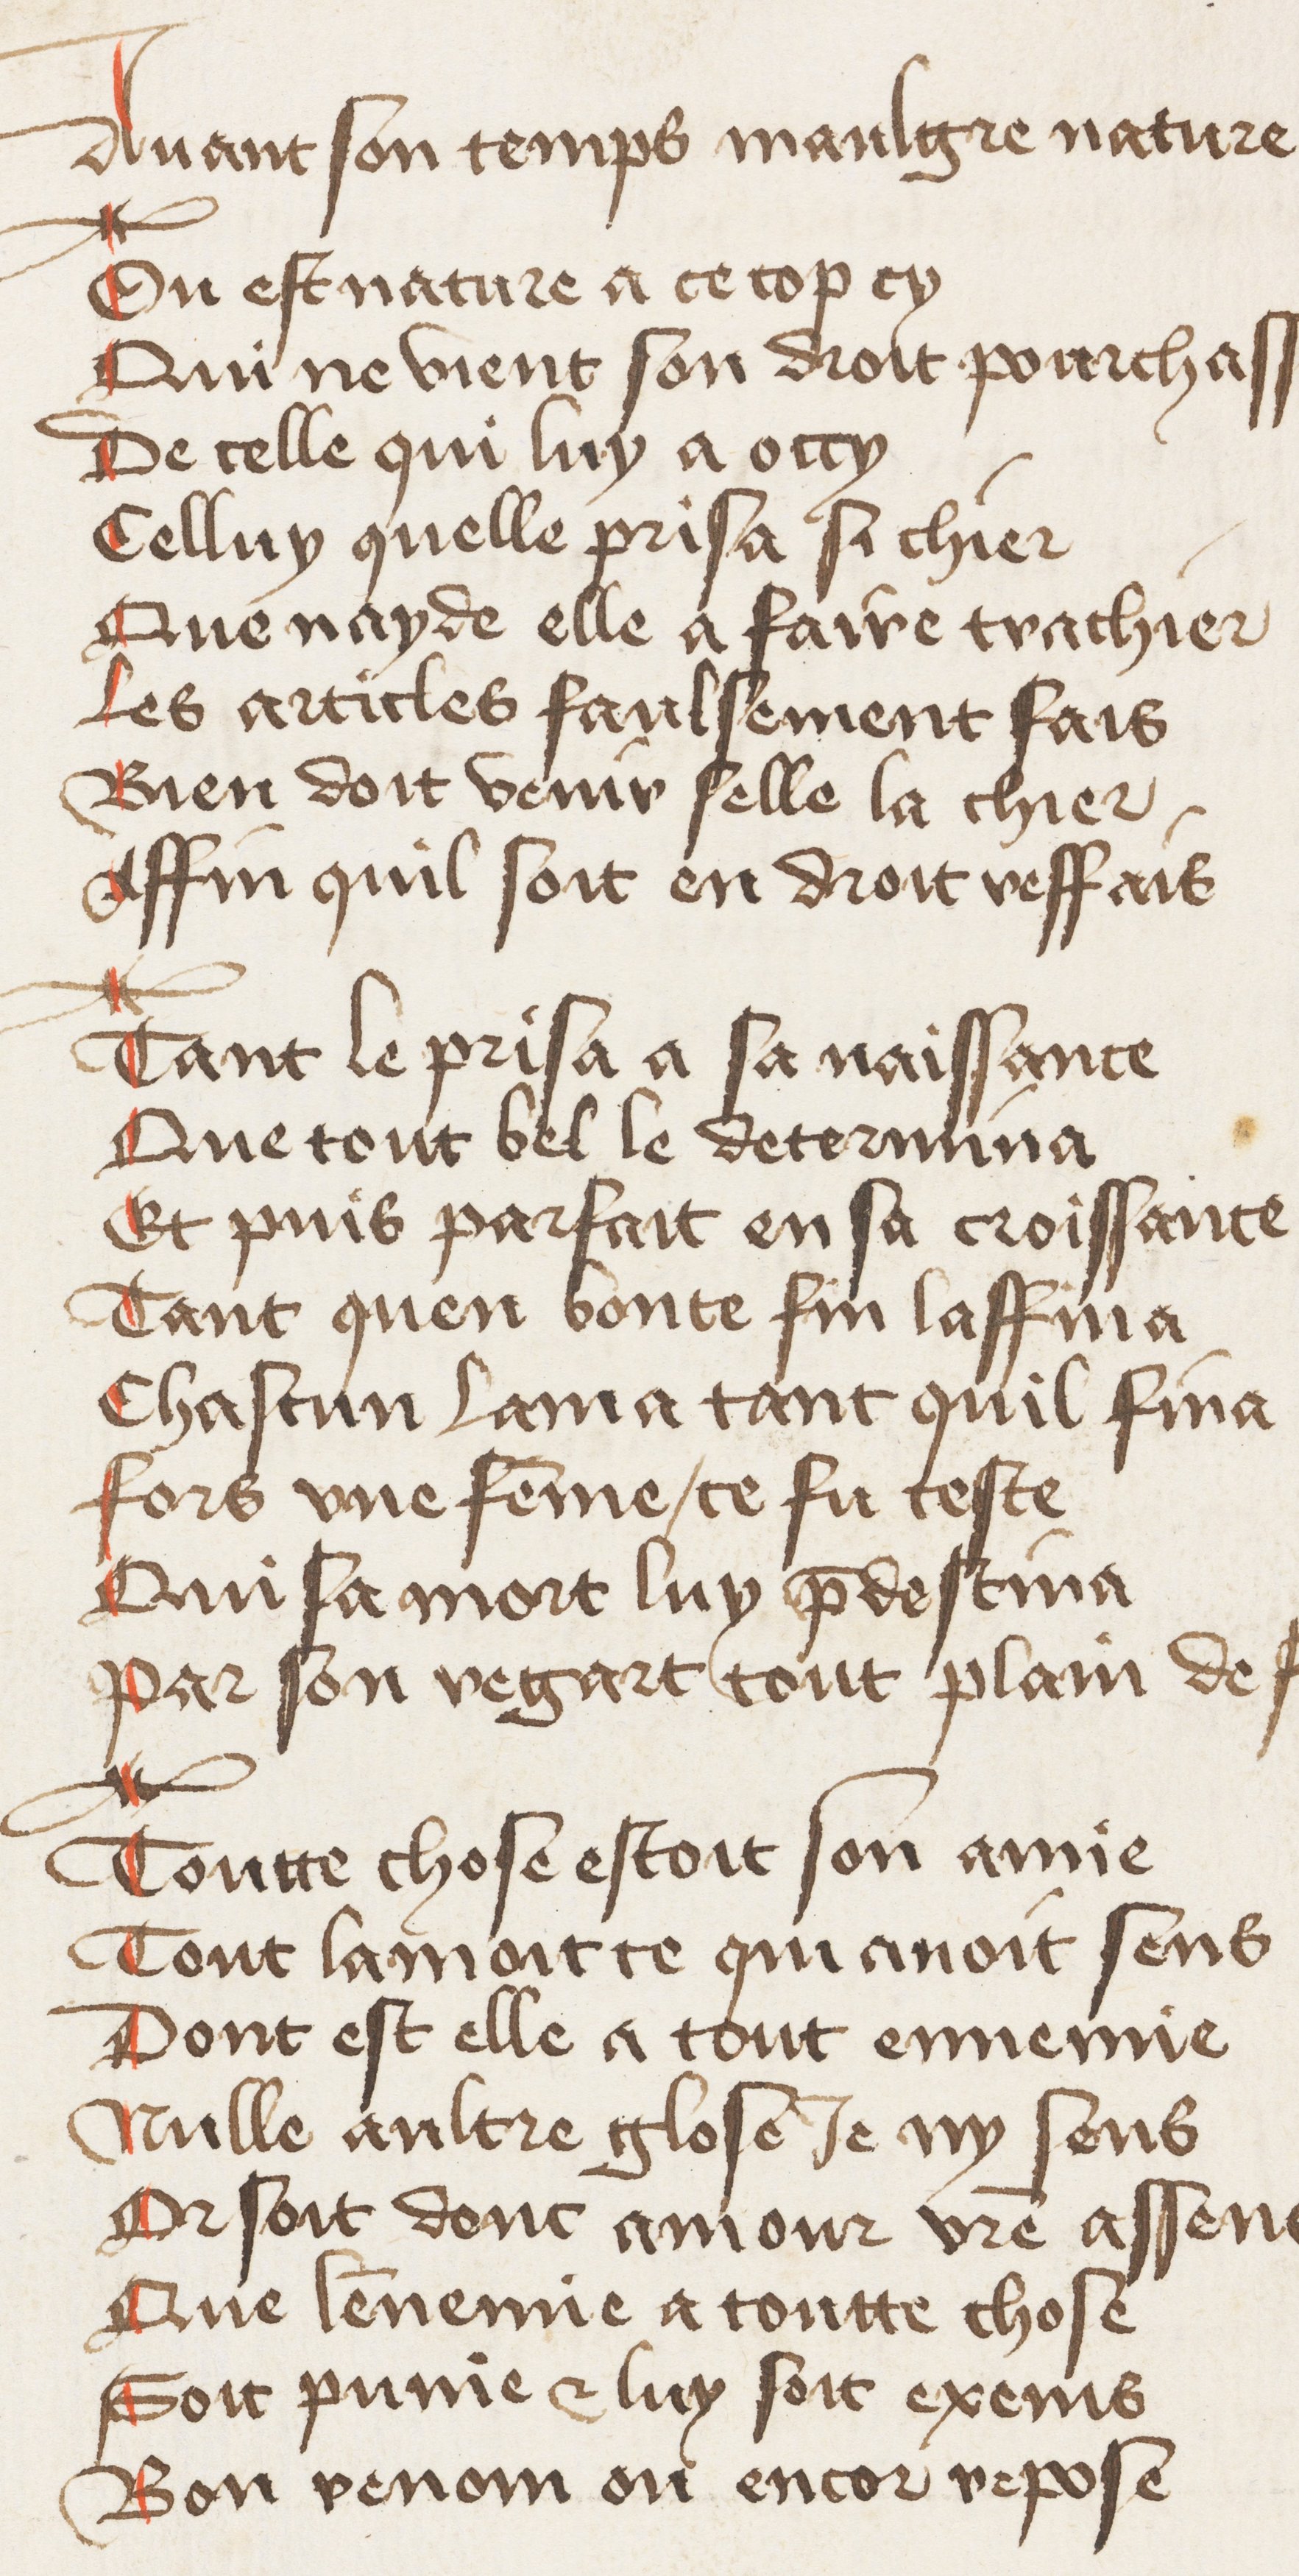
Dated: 1400–1449